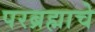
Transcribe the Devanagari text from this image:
परब्रह्माचे